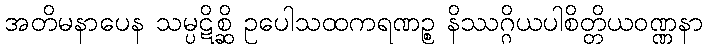
အတိမနာပေန သမ္ပဋိစ္ဆိ ဥပေါသထကရဏဉ္စ နိဿဂ္ဂိယပါစိတ္တိယဝဏ္ဏနာ